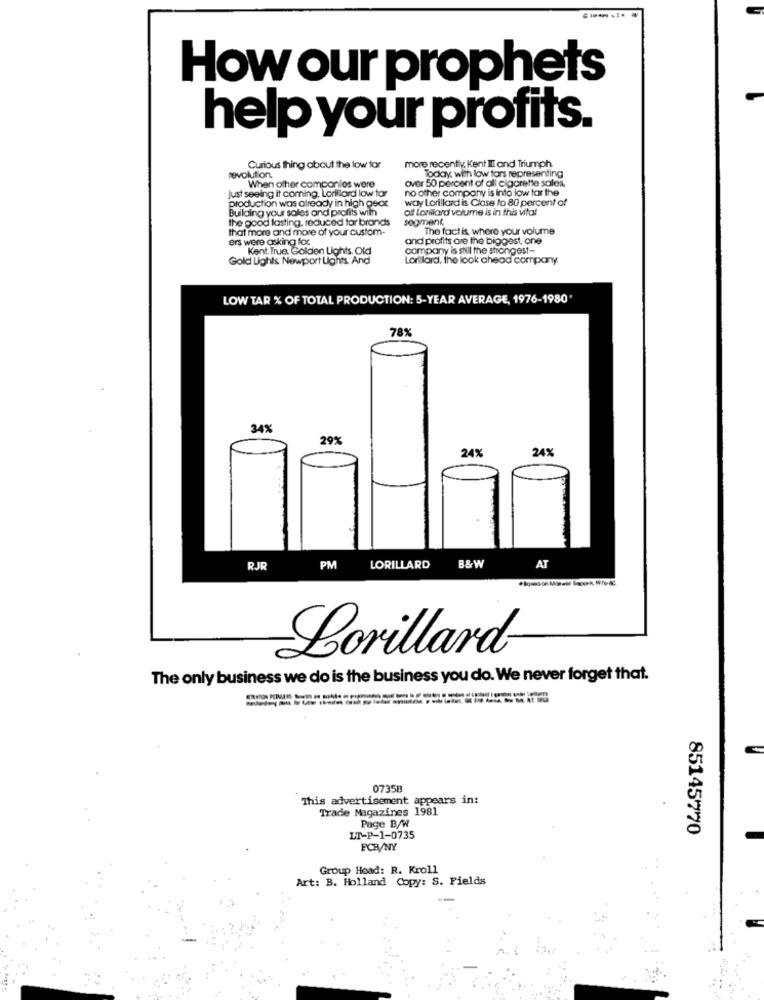
How our prophets
help your profits.
more recently, Kent Ill ond Triumph
Curious thing about the low tor
Today. with low tors representing
revolution.
over 50 percent of all cigarette sales,
When other companlos were
no other company is into low tar the
just seeing it coming, Lorillard low tar
production was already in high geor
way Lorillard is Close to 80 percent of
Building your sales and profits with
all Loniard volume is in this vital
the good lasting, reduced tar brands
segment
that more and more of your custom-
The fact is, where your volume
ers were asking for
and profits are the biggest, one
Kent. True. Golden Lights, Old
company is still the strongest-
Gold Lights Newport Lights And
Lorilard, the look ahead company
LOW TAR % OF TOTAL PRODUCTION: 5-YEAR AVERAGE, 1976-1980'
78%
34%
29%
24%
24%
PM
AT
RJR
LORILLARD
B&W
Lorillard-
The only business we do is the business you do. We never forget that.
0735B
This advertisement appears in:
Trade Magazines 1981
Page B/W
85145770
LT-P-1-0735
FCB/NY
Group Head: R. Kroll
Art: B. Holland Copy: S. Fields